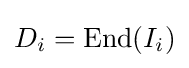
D_{i}=\operatorname {End} (I_{i})